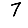
Digit: 7